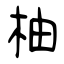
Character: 柚